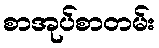
စာအုပ်စာတမ်း